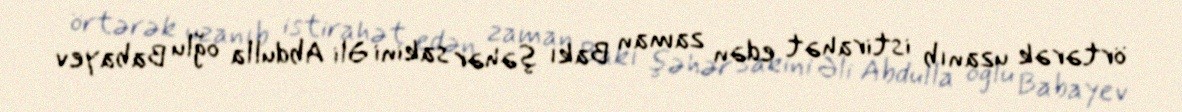
örtərək uzanıb istirahət edən zaman Bakı şəhər sakini Əli Abdulla oğlu Babayev